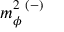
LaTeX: m _ { \phi } ^ { 2 \ ( - ) }